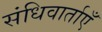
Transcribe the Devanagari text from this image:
संधिवार्ताएँ